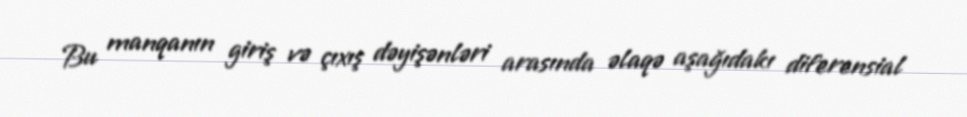
Bu manqanın giriş və çıxış dəyişənləri arasında əlaqə aşağıdakı diferensial